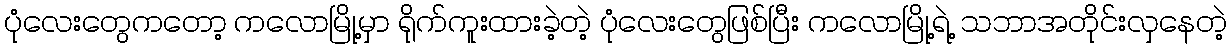
ပုံလေးတွေကတော့ ကလောမြို့မှာ ရိုက်ကူးထားခဲ့တဲ့ ပုံလေးတွေဖြစ်ပြီး ကလောမြို့ရဲ့ သဘာအတိုင်းလှနေတဲ့